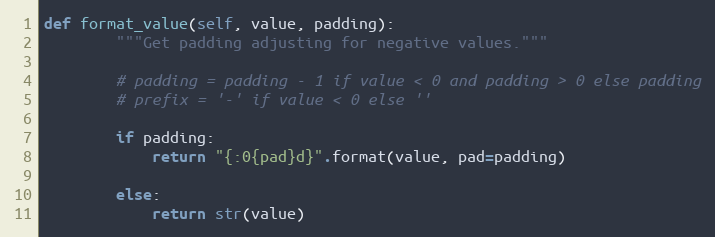
Language: Python
def format_value(self, value, padding):
        """Get padding adjusting for negative values."""

        # padding = padding - 1 if value < 0 and padding > 0 else padding
        # prefix = '-' if value < 0 else ''

        if padding:
            return "{:0{pad}d}".format(value, pad=padding)

        else:
            return str(value)